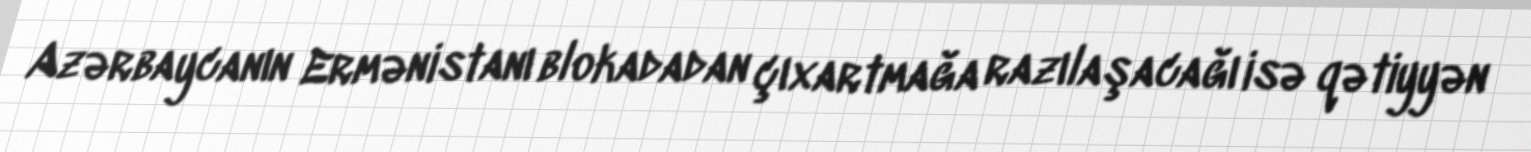
Azərbaycanın Ermənistanı blokadadan çıxartmağa razılaşacağı isə qətiyyən